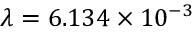
\lambda = 6 . 1 3 4 \times 1 0 ^ { - 3 }